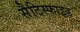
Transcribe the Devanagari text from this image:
सैटिस्फाइड